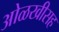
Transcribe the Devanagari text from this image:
ओळखीसह